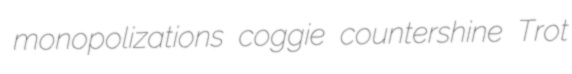
monopolizations coggie countershine Trot